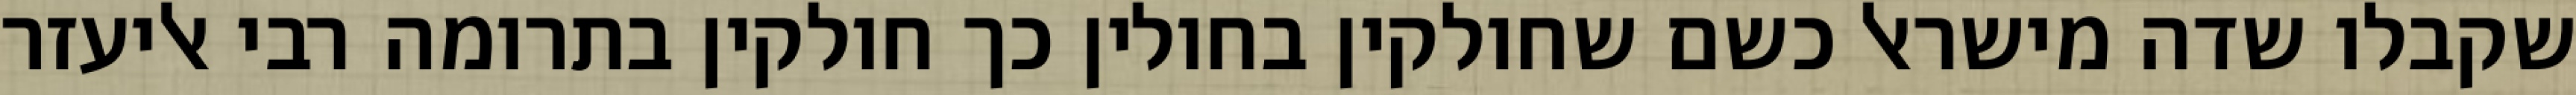
שקבלו שדה מישראל כשם שחולקין בחולין כך חולקין בתרומה רבי אליעזר